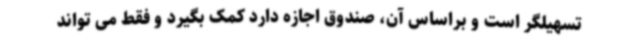
تسهیلگر است و براساس آن، صندوق اجازه دارد کمک بگیرد و فقط می تواند